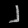
Digit: ၂